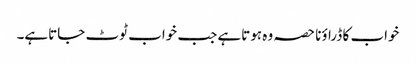
خواب کا ڈراؤنا حصہ وہ ہوتاہے جب خواب ٹوٹ جاتاہے۔